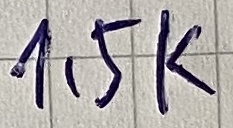
Text: 1,5K